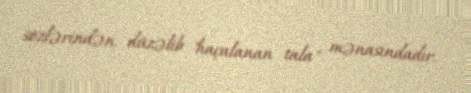
sözlərindən düzəlib "haçalanan tala" mənasındadır.